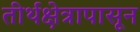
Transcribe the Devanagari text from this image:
तीर्थक्षेत्रापासून